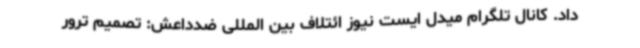
داد. کانال تلگرام میدل ایست نیوز ائتلاف بین المللی ضدداعش: تصمیم ترور